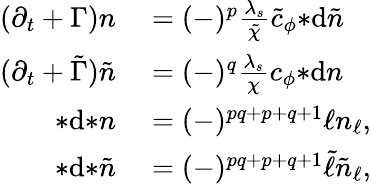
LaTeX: \begin{array}{rl}{(\partial_{t}+\Gamma)n}&{{}=(-)^{p}\frac{\lambda_{s}}{\tilde{\chi}}\tilde{c}_{\phi}{*\mathrm{d}\tilde{n}}}\\ {(\partial_{t}+\tilde{\Gamma})\tilde{n}}&{{}=(-)^{q}\frac{\lambda_{s}}{\chi}c_{\phi}{*\mathrm{d}n}}\\ {*\mathrm{d}{*n}}&{{}=(-)^{pq+p+q+1}\ell n_{\ell},}\\ {*\mathrm{d}{*\tilde{n}}}&{{}=(-)^{pq+p+q+1}\tilde{\ell}\tilde{n}_{\ell},}\end{array}